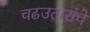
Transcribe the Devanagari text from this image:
चढउतारांचे